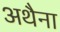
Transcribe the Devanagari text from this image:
अथैना